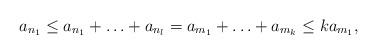
LaTeX: \begin{align*}a_{n_1}\leq a_{n_1}+\ldots+a_{n_l}=a_{m_1}+\ldots+a_{m_k}\leq ka_{m_1},\end{align*}